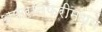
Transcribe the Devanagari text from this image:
अफरातफरीमध्ये